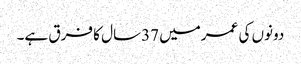
دونوں کی عمرمیں 37سال کا فرق ہے۔